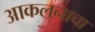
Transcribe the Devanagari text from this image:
आकलनाचा